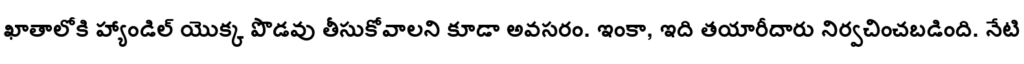
ఖాతాలోకి హ్యాండిల్ యొక్క పొడవు తీసుకోవాలని కూడా అవసరం. ఇంకా, ఇది తయారీదారు నిర్వచించబడింది. నేటి